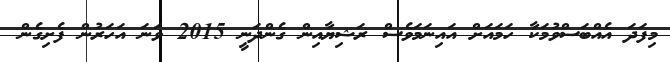
މިފަދަ އެއްބަސްވުމަކާ ހަމައަށް އައިނަމަވެސް ރަޝިޔާއިން ގެންދަނީ 2015 ވަނަ އަހަރުން ފެށިގެން